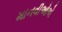
માનવીઓએ